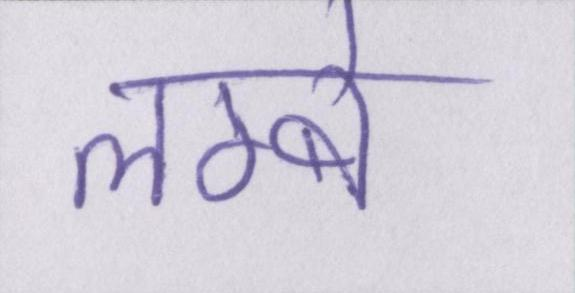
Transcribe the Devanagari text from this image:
लम्बे